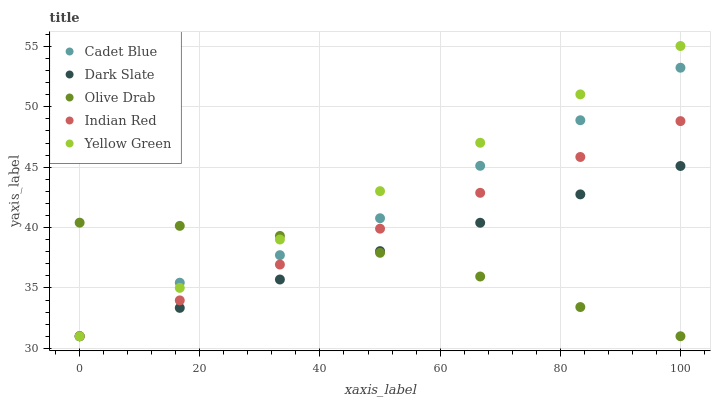
| xaxis_label | Cadet Blue | Dark Slate | Olive Drab | Indian Red | Yellow Green |
 | --- | --- | --- | --- | --- | --- |
 | 0 | 31 | 31 | 40.4 | 31 | 31 |
 | 16.7 | 35.4 | 33.3 | 40.1 | 34 | 35 |
 | 33.3 | 37.7 | 35.7 | 39.3 | 36.9 | 39 |
 | 50 | 40.8 | 38 | 37.9 | 39.9 | 43 |
 | 66.7 | 45.1 | 40.4 | 35.9 | 42.9 | 47 |
 | 83.3 | 48.9 | 42.7 | 33.4 | 45.8 | 51 |
 | 100 | 53.2 | 45.1 | 31 | 48.8 | 55 |